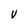
Character: V